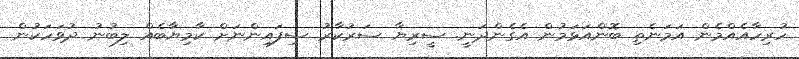
ހުރިހާއެއްމެން އަމަނެތި ބޮންއަޅަމުން އެގެންދަނީ. ސީރިޔާ ސަރުކާރު ސިފައިންނަށް ކާމިޔާބެއް ލިބުނު ދުވަހަކުން